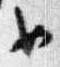
如